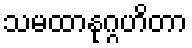
သမထာနုဂ္ဂဟိတာ